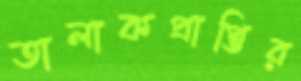
তালাকপ্রাপ্তির